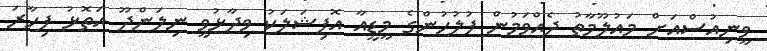
ވީނިއުސްއަށް މައުލޫމާތު ދެއްވަމުން ފުލުހުންގެ މީޑީއާ އޮފިޝަލަކު ވިދާޅުވީ ނިލަންދޫ އަތޮޅު ފިހާރަ